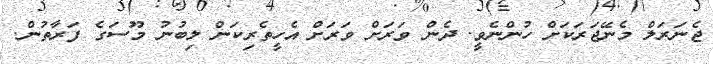
ޖެނަރަލް މެނޭޖަރަކަށް ހުންނެވީ. ދެން ވަރަށް ވަރަށް އެހީތެރިކަން ލިބުނު މޫސަގެ ފަރާތުން.